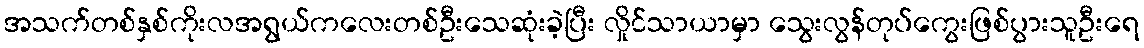
အသက်တစ်နှစ်ကိုးလအရွယ်ကလေးတစ်ဦးသေဆုံးခဲ့ပြီး လှိုင်သာယာမှာ သွေးလွန်တုပ်ကွေးဖြစ်ပွားသူဦးရေ